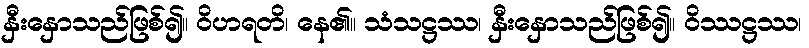
နှီးနှောသည်ဖြစ်၍။ ဝိဟရတိ၊ နေ၏။ သံသဋ္ဌဿ၊ နှီးနှောသည်ဖြစ်၍။ ဝိဿဋ္ဌဿ၊